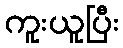
ကူးယူပြီး